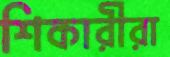
শিকারীরা